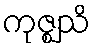
ကုဇ္ဈသိ